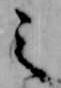
之